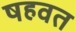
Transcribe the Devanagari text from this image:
षहवत